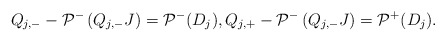
\begin{align*}Q_{j,-}-\mathcal{P}^-\left(Q_{j,-} J\right)=\mathcal{P}^-(D_j), Q_{j,+} -\mathcal{P}^-\left(Q_{j,-} J\right)=\mathcal{P}^+(D_j).\end{align*}